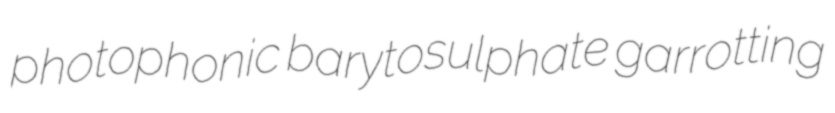
photophonic barytosulphate garrotting